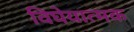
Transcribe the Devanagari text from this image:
विघेयात्मक